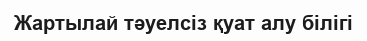
Жартылай тәуелсіз қуат алу білігі